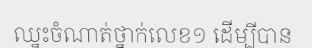
ឈ្នះចំណាត់ថ្នាក់លេខ១ ដើម្បីបាន